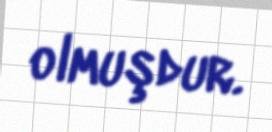
olmuşdur.